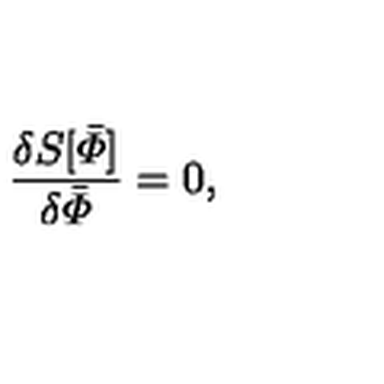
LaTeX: { \frac { \delta S [ \bar { \mit \Phi } ] } { \delta \bar { \mit \Phi } } } = 0 ,